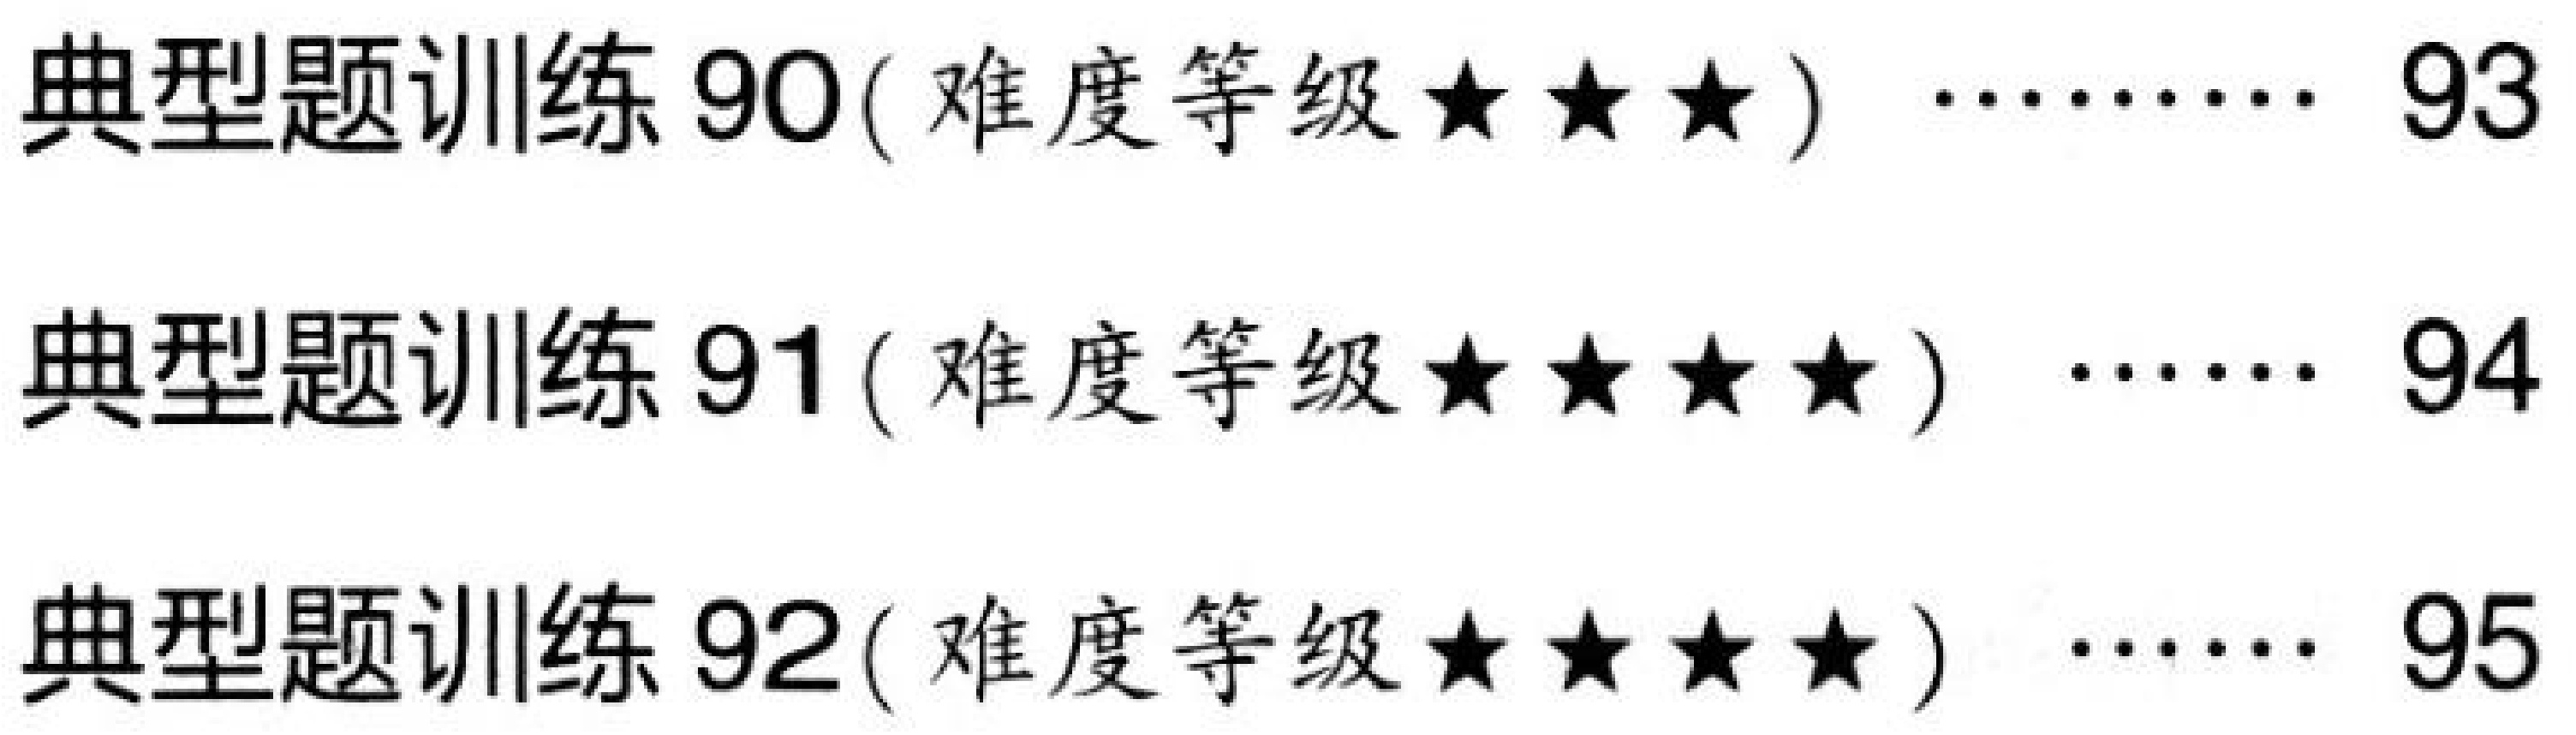
典型题训练90( 难度等级★★★) \(\cdots\cdots\) 93
典型题训练91( 难度等级★★★★) \(\cdots\cdots\) 94
典型题训练92( 难度等级★★★★) \(\cdots\cdots\) 95